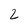
Character: 2